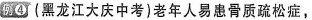
例4 (黑龙江大庆中考)老年人易患骨质疏松症，